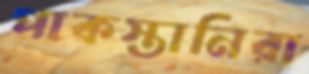
পাকস্তানিরা